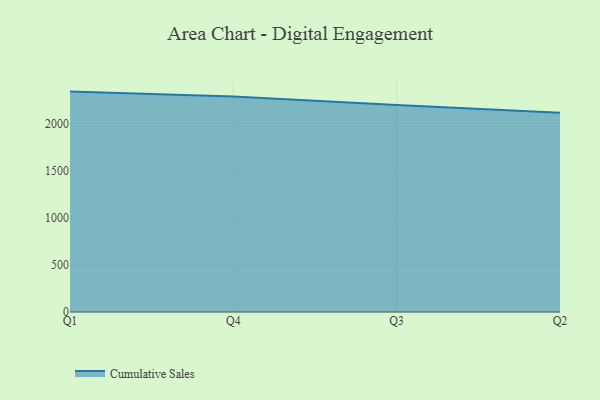
{"axis": {"x": "Quarter", "y": "Latency (ms)"}, "legend": ["Cumulative Sales"], "data": [{"x": "Q1", "y": 2337.3, "type": "Cumulative Sales"}, {"x": "Q4", "y": 2285.3, "type": "Cumulative Sales"}, {"x": "Q3", "y": 2195.2, "type": "Cumulative Sales"}, {"x": "Q2", "y": 2112.2, "type": "Cumulative Sales"}]}